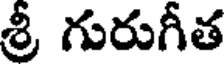
శ్రీ గురుగీత